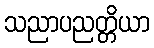
သညာပညတ္တိယာ